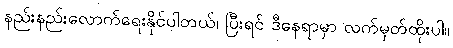
နည်းနည်းလောက်ရေးနိုင်ပါတယ်၊ ပြီးရင် ဒီနေရာမှာ လက်မှတ်ထိုးပါ။